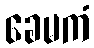
ခေမကံ